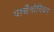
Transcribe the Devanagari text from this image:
पार्थेनोपियन